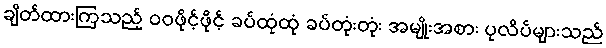
ချိတ်ထားကြသည့် ဝဝဖိုင့်ဖိုင့် ခပ်ထုံထုံ ခပ်တုံးတုံး အမျိုးအစား ပုလိပ်များသည်